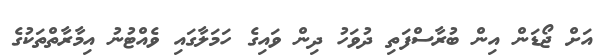
އަށް ޖޯޑަން އިން ބުރާސްފަތި ދުވަހު ދިން ވައިގެ ހަމަލާގައި ވެއްޓުނު އިމާރާތްތަކުގެ